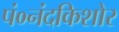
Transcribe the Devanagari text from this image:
पं०नंदकिशोर